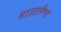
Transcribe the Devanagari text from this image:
बाउटलैण्ड